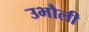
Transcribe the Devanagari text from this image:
उभौली